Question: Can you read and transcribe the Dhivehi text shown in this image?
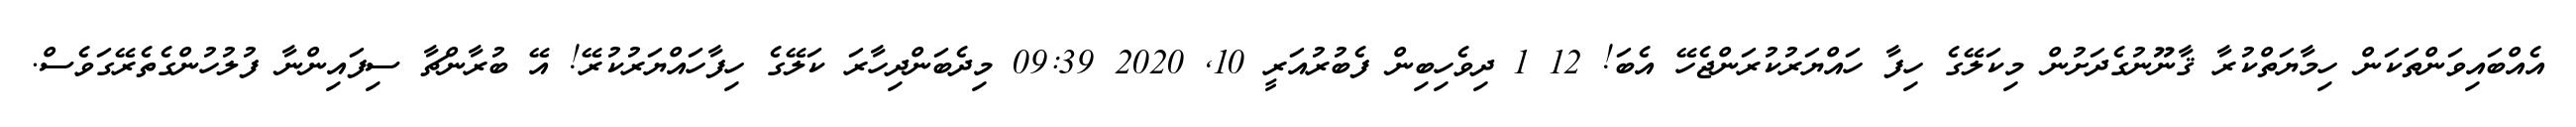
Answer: އެއްބައިވަންތަކަން ހިމާޔަތްކުރާ ޤާނޫނުގެދަށުން މިކަލޭގެ ހިފާ ހައްޔަރުކުރަންޖެހޭ އެބަ! 12 1 ދިވެހިބިން ފެބުރުއަރީ 10, 2020 09:39 މިދެބަންދިހާރަ ކަލޭގެ ހިފާހައްޔަރުކުރޭ! އޭ ބުރާންޗާ ސިފައިންނާ ފުލުހުންގެތެރޭގަވެސް.